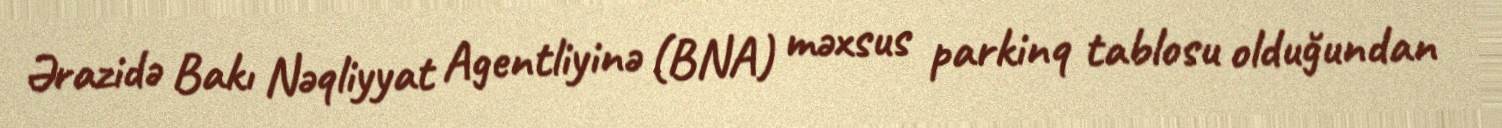
Ərazidə Bakı Nəqliyyat Agentliyinə (BNA) məxsus parkinq tablosu olduğundan